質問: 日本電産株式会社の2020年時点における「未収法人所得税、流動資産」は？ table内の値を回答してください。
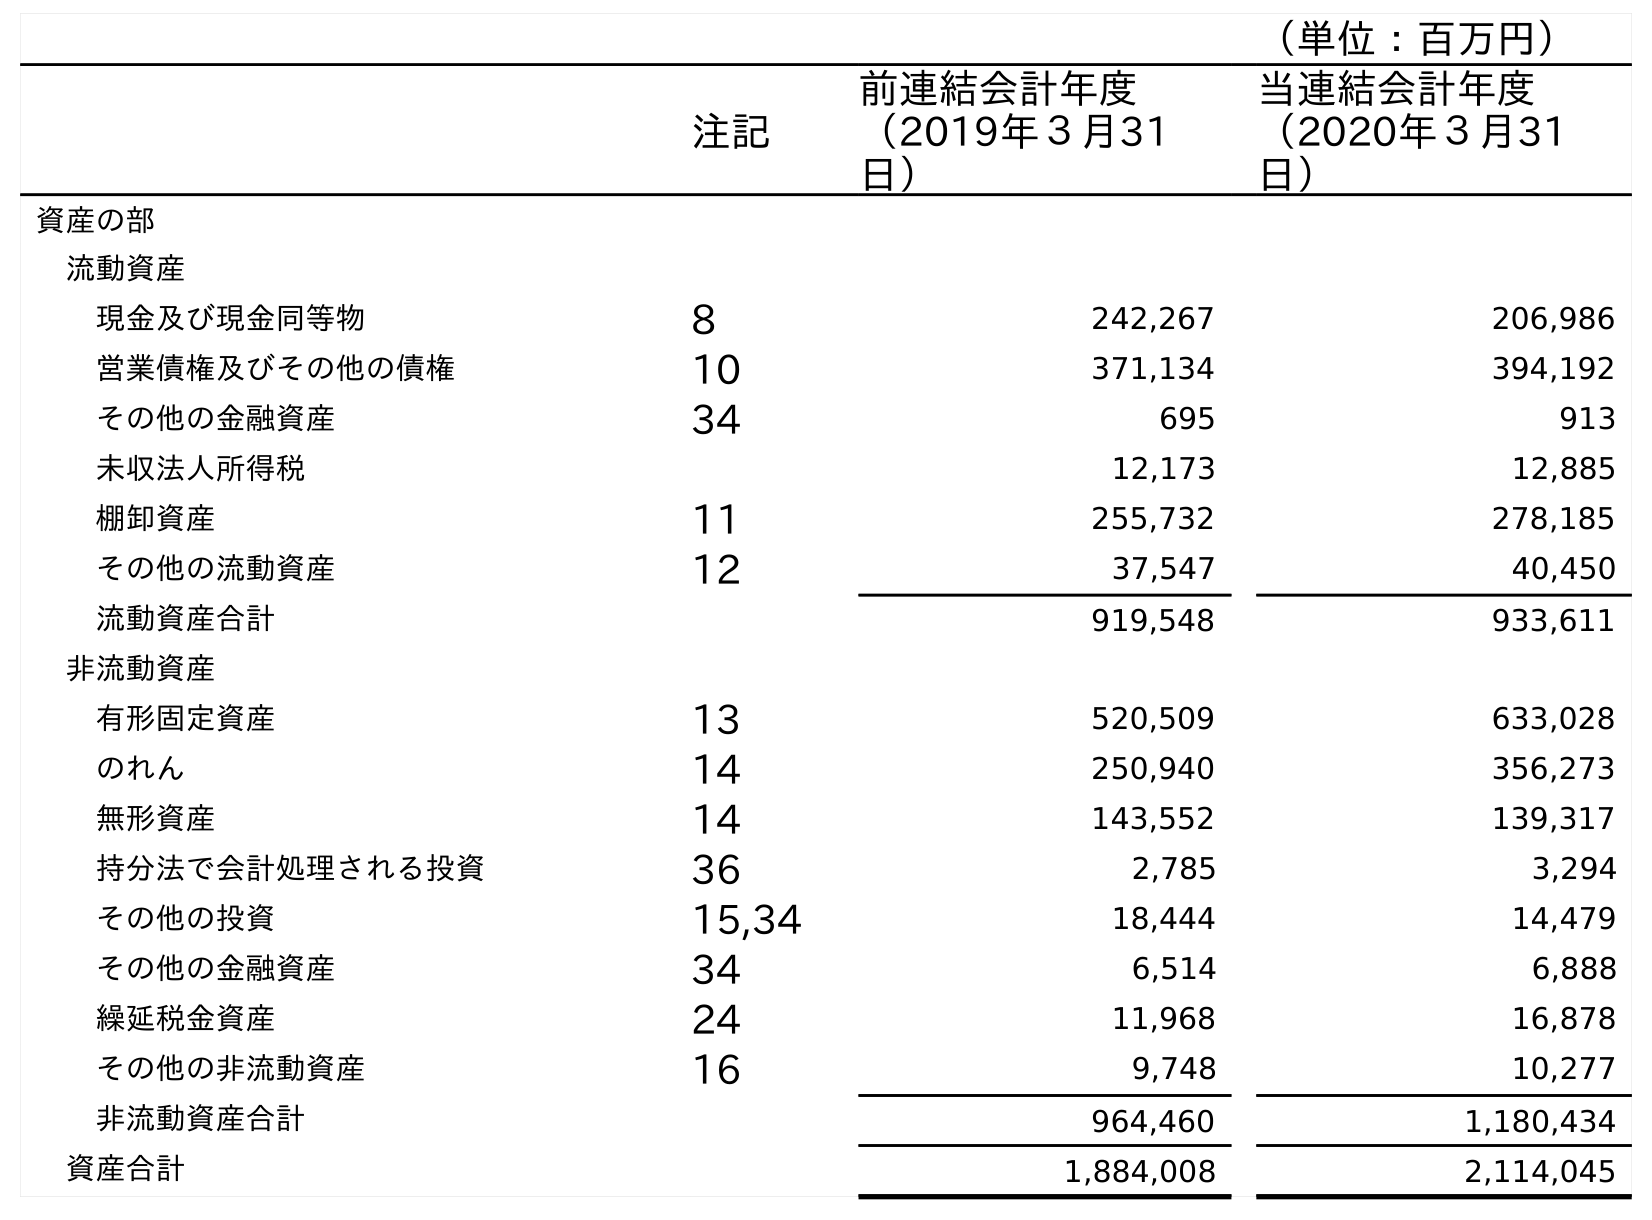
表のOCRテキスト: （単位：百万円） 注記 前連結会計年度 （2019年３月31 日） 当連結会計年度 （2020年３月31 日） 資産の部 流動資産 現金及び現金同等物 8 242,267 206,986 営業債権及びその他の債権 10 371,134 394,192 その他の金融資産 34 695 913 未収法人所得税 12,173 12,885 棚卸資産 11 255,732 278,185 その他の流動資産 12 37,547 40,450 流動資産合計 919,548 933,611 非流動資産 有形固定資産 13 520,509 633,028 のれん 14 250,940 356,273 無形資産 14 143,552 139,317 持分法で会計処理される投資 36 2,785 3,294 その他の投資 15,34 18,444 14,479 その他の金融資産 34 6,514 6,888 繰延税金資産 24 11,968 16,878 その他の非流動資産 16 9,748 10,277 非流動資産合計 964,460 1,180,434 資産合計 1,884,008 2,114,045
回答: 12,885